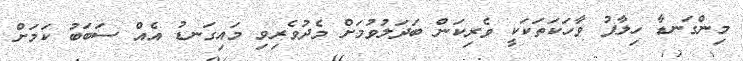
މިންގަނޑާ ހިލާފު ވާހަކަތަކަކީ ވެރިކަން ބަދަލުވުމަށް މެދުވެރިވި މައިގަނޑު އެއް ސަބަބު ކަމަށް